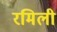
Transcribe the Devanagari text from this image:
रमिली